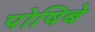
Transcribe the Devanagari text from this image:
पोषिबे